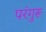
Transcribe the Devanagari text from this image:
परंगुरू